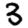
Digit: 3